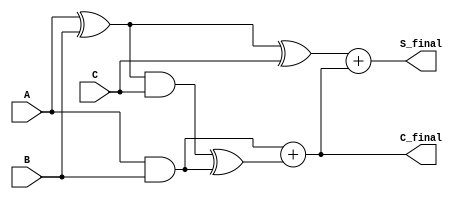
module carry_save_adder (
    input  [31:0] A,   // First operand
    input  [31:0] B,   // Second operand
    input  [31:0] C,   // Third operand
    output [31:0] S_final, // Final sum output
    output [31:0] C_final  // Final carry output
);

    wire [31:0] S1; // First partial sum
    wire [31:0] C1; // First carry
    wire [31:0] S2; // Second partial sum
    wire [31:0] C2; // Second carry

    // Stage 1: Compute Partial Sum and Carry for A and B
    assign S1 = A ^ B;       // Partial Sum S1 = A XOR B
    assign C1 = A & B;       // Carry C1 = A AND B

    // Stage 2: Compute Partial Sum and Carry for S1 and C
    assign S2 = S1 ^ C;      // Partial Sum S2 = S1 XOR C
    assign C2 = (S1 & C) ^ C1; // Carry C2 = (S1 AND C) XOR C1

    // Stage 3: Compute Final Carry and Final Sum
    assign C_final = C1 + C2; // Final carry
    assign S_final = S2 + C_final; // Final sum

endmodule